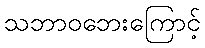
သဘာဝဘေးကြောင့်